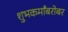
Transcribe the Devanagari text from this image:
शुभकर्मांबरोबर